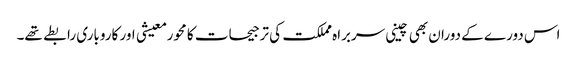
اس دورے کے دوران بھی چینی سربراہ مملکت کی ترجیحات کا محور معیشی اور کاروباری رابطے تھے۔